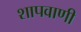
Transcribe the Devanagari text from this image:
शापवाणी